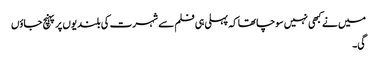
میں نے کبھی نہیں سوچا تھا کہ پہلی ہی فلم سے شہرت کی بلندیوں پر پہنچ جاؤں
گی۔